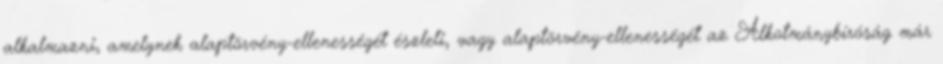
alkalmazni, amelynek alaptörvény-ellenességét észleli, vagy alaptörvény-ellenességét az Alkotmánybíróság már